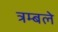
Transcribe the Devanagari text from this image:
त्रम्बले